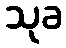
သုခ